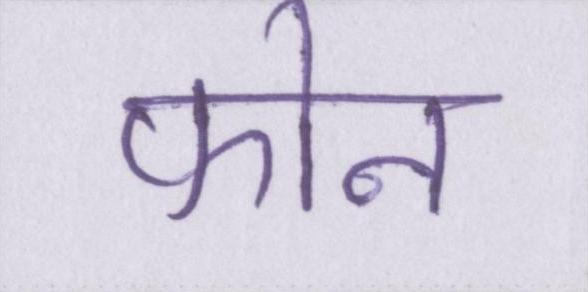
फोन